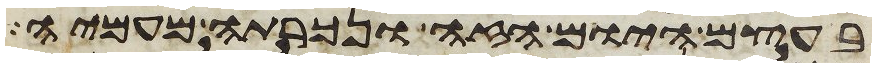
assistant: בעצם היום הזה ונכרתה מעמיה